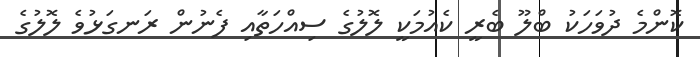
ކޮންމެ ދުވަހަކު ބްލޫ ބެރީ ކެއުމަކީ ލޮލުގެ ސިއްހަތާއި ފެނުން ރަނގަޅުވެ ލޮލުގެ